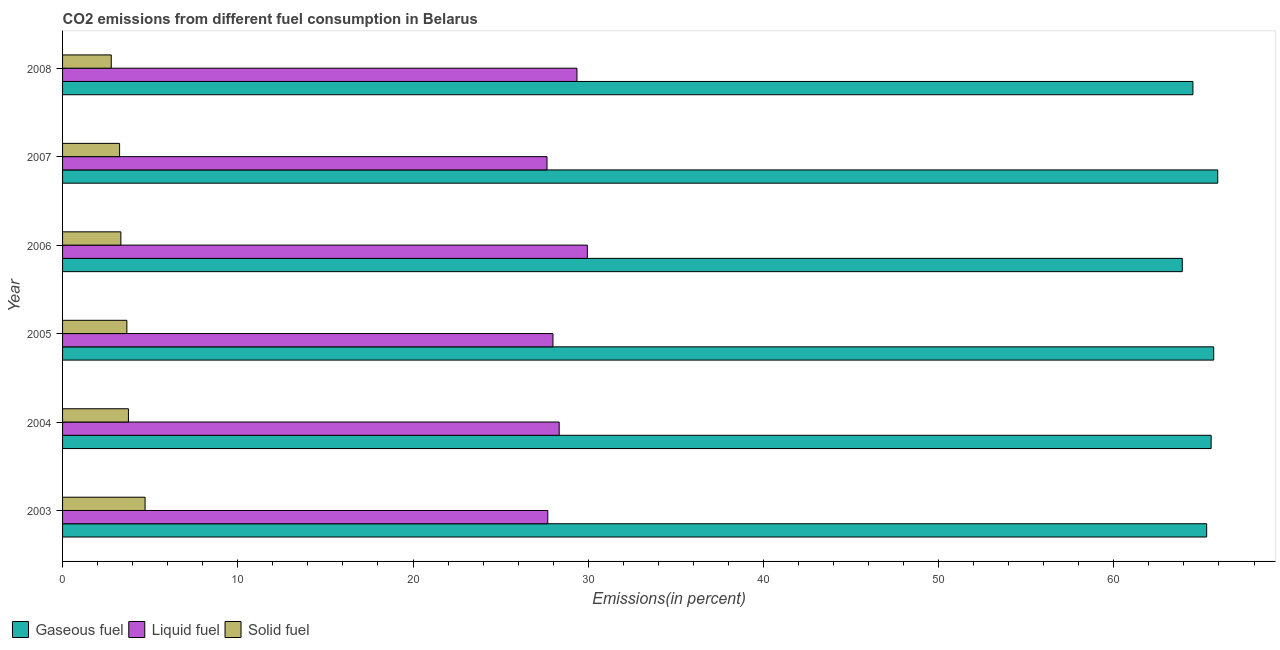
| Year | Gaseous fuel | Liquid fuel | Solid fuel |
 | --- | --- | --- | --- |
 | 2003 | 65.3 | 27.7 | 4.71 |
 | 2004 | 65.6 | 28.3 | 3.76 |
 | 2005 | 65.7 | 28 | 3.67 |
 | 2006 | 63.9 | 30 | 3.33 |
 | 2007 | 65.9 | 27.6 | 3.25 |
 | 2008 | 64.5 | 29.4 | 2.78 |